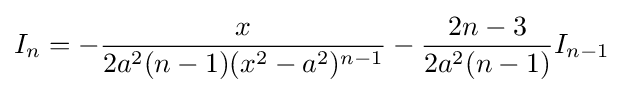
I_{n}=-{\frac {x}{2a^{2}(n-1)(x^{2}-a^{2})^{n-1}}}-{\frac {2n-3}{2a^{2}(n-1)}}I_{n-1}\,\!